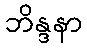
ဘိန္ဒနာ